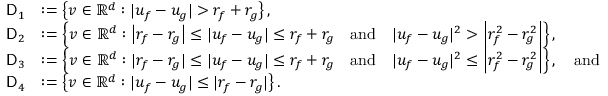
\begin{array} { r l } { \mathsf { D } _ { 1 } } & { : = \left\{ v \in \mathbb { R } ^ { d } : | u _ { f } - u _ { g } | > r _ { f } + r _ { g } \right\} , } \\ { \mathsf { D } _ { 2 } } & { : = \left\{ v \in \mathbb { R } ^ { d } : \left| r _ { f } - r _ { g } \right| \le | u _ { f } - u _ { g } | \le r _ { f } + r _ { g } \quad \mathrm { a n d } \quad | u _ { f } - u _ { g } | ^ { 2 } > \left| r _ { f } ^ { 2 } - r _ { g } ^ { 2 } \right| \right\} , } \\ { \mathsf { D } _ { 3 } } & { : = \left\{ v \in \mathbb { R } ^ { d } : | r _ { f } - r _ { g } | \le | u _ { f } - u _ { g } | \le r _ { f } + r _ { g } \quad \mathrm { a n d } \quad | u _ { f } - u _ { g } | ^ { 2 } \le \left| r _ { f } ^ { 2 } - r _ { g } ^ { 2 } \right| \right\} , \quad \mathrm { a n d } } \\ { \mathsf { D } _ { 4 } } & { : = \left\{ v \in \mathbb { R } ^ { d } : | u _ { f } - u _ { g } | \le | r _ { f } - r _ { g } | \right\} . } \end{array}